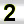
Digit: 2